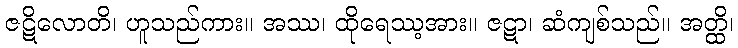
ဇဋိလောတိ၊ ဟူသည်ကား။ အဿ၊ ထိုရေဿ့အား။ ဇဋာ၊ ဆံကျစ်သည်။ အတ္ထိ၊